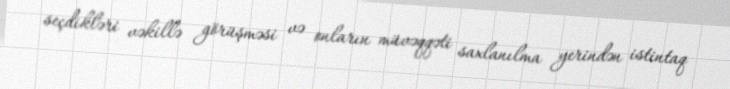
seçdikləri vəkillə görüşməsi və onların müvəqqəti saxlanılma yerindən istintaq